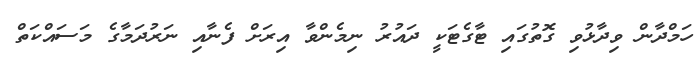
ހަމްދާން ވިދާޅުވި ގޮތުގައި ޓާގެޓަކީ ދައުރު ނިމެންވާ އިރަށް ފެނާއި ނަރުދަމާގެ މަސައްކަތް